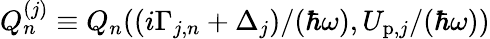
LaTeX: Q_{n}^{(j)}\equiv Q_{n}({(i\Gamma_{j,n}+\Delta_{j})}/{(\hbar\omega)},{U_{\mathrm{p},j}}/{(\hbar\omega)})